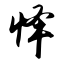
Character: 怿